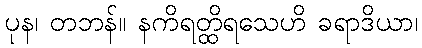
ပုန၊ တဘန်။ နကိရတ္ထိရသေဟိ ခရာဒိယာ၊